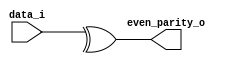
/* parity.v
 *
 * Parity generator for Problem3-3
 */

module parity (
  input [31:0] data_i,
  output       even_parity_o
);

  assign even_parity_o = ^data_i;

endmodule